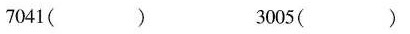
7041（） 3005（）